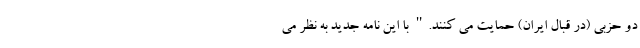
دو حزبی (در قبال ایران) حمایت می کنند." با این نامه جدید به نظر می